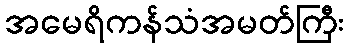
အမေရိကန်သံအမတ်ကြီး